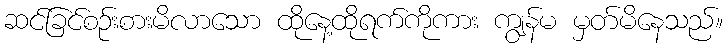
ဆင်ခြင်စဉ်းစားမိလာသော ထိုနေ့ထိုရက်ကိုကား ကျွန်မ မှတ်မိနေသည်။